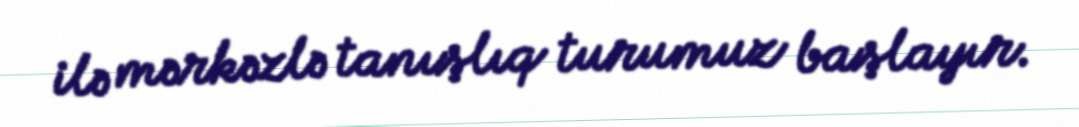
ilə mərkəzlə tanışlıq turumuz başlayır.